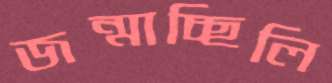
জন্মাচ্ছিলি